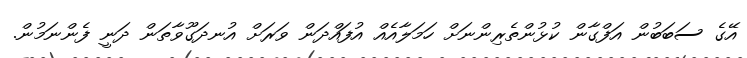
އޭގެ ސަބަބުން އަފްގާން ކުޅުންތެރިންނަށް ހަމަލާއެއް އުފައްދަން ވަރަށް އުނދަގޫވާތަން ދަނީ ފެންނަމުން.